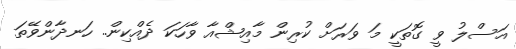
އަސްލު ވީ ގޮތަކީ މަ ވަރަށް ކުރިން މާއިޝްއާ ވާހަކަ ދެއްކިން.. ހަނދާންވޭތަ